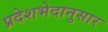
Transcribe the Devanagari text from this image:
प्रदेशभेदानुसार